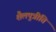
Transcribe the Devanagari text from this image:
शैलपुत्रीति